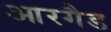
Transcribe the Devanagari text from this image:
आरगैड